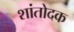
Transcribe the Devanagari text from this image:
शांतोदक